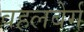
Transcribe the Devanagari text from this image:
वहलबेर्ग